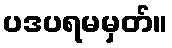
ပဒပရမမှတ်။